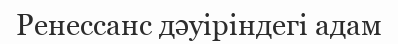
Ренессанс дәуіріндегі адам